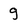
Character: g